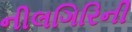
નીલગિરિની